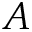
A